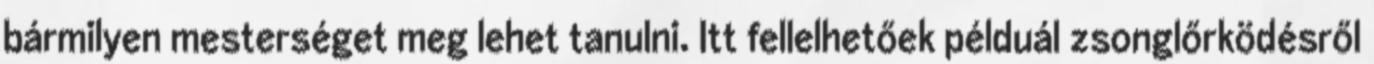
bármilyen mesterséget meg lehet tanulni. Itt fellelhetőek példuál zsonglőrködésről